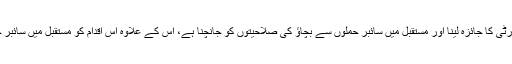
اس اقدام کا مقصد روس کی سائبر سکیورٹی کا جائزہ لینا اور مستقبل میں سائبر حملوں سے بچاﺅ کی صلاحیتوں کو جانچنا ہے، اس کے علاوہ اس اقدام کو مستقبل میں سائبر جنگ کی تیاری بھی قرار دیا جارہا ہے۔